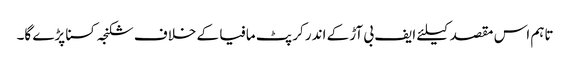
تاہم اس مقصد کیلئے ایف بی آڑ کے اندر کرپٹ مافیا کے خلاف شکنجہ کسنا پڑے گا۔